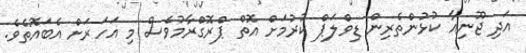
އަދި ޖޫނިއާ ކުޅުންތެރިން ޑިވްލަޕް ކުރުމަށް އޮތް ޕްރޮގްރާމުވެސް މި އަހަރަށް އެބައޮތެވެ.